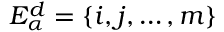
E _ { \alpha } ^ { d } = \{ i , j , \dots , m \}